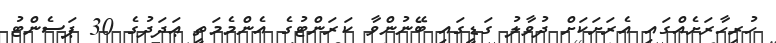
ހުރިހާރަށެއްގައި އެރަށަކަށް ދުވާލު ގަޑީގައި ބޭނުންވާ ކަރަންޓުގެ އެންމެމަތީ ޢަދަދުގެ 30 ޕަސެންޓު